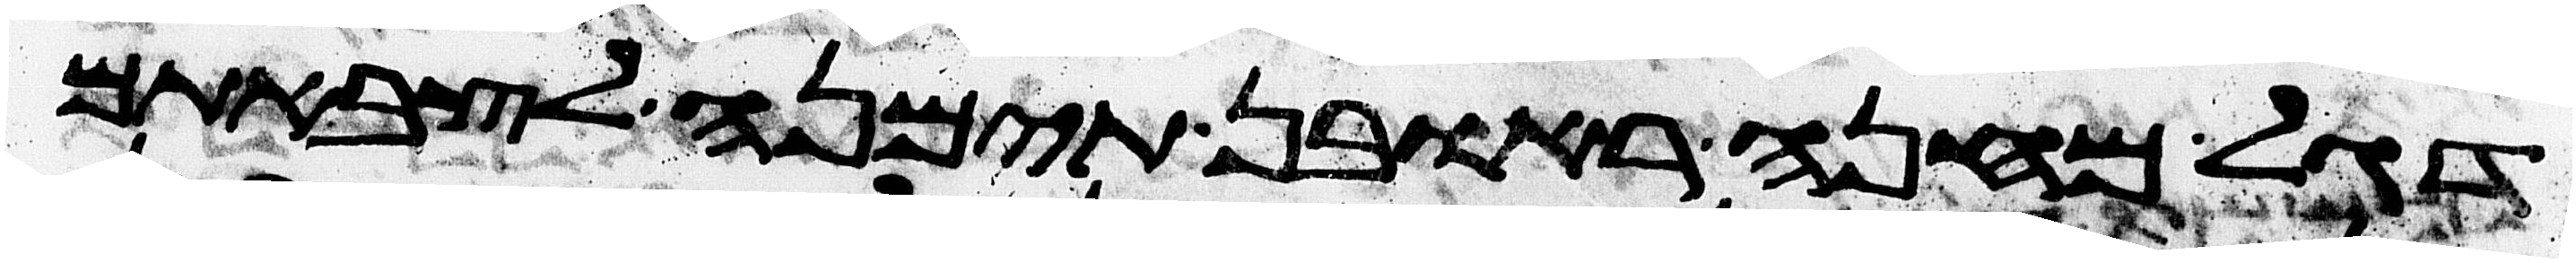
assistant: דגל מחנה ראובן תימנה לצבאתם